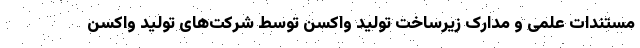
مستندات علمی و مدارک زیرساخت تولید واکسن توسط شرکت‌های تولید واکسن